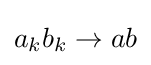
a_{k}b_{k}\to ab